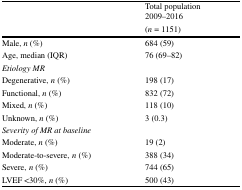
<table><thead><tr><td rowspan="2"></td><td><b>Total population2009–2016</b></td></tr><tr><td><b>(<i>n</i> = 1151)</b></td></tr></thead><tbody><tr><td>Male, <i>n</i> (%)</td><td>684 (59)</td></tr><tr><td>Age, median (IQR)</td><td>76 (69–82)</td></tr><tr><td colspan="2"><i>Etiology MR</i></td></tr><tr><td>Degenerative, <i>n</i> (%)</td><td>198 (17)</td></tr><tr><td>Functional, <i>n</i> (%)</td><td>832 (72)</td></tr><tr><td>Mixed, <i>n</i> (%)</td><td>118 (10)</td></tr><tr><td>Unknown, <i>n</i> (%)</td><td>3 (0.3)</td></tr><tr><td colspan="2"><i>Severity of MR at baseline</i></td></tr><tr><td>Moderate, <i>n</i> (%)</td><td>19 (2)</td></tr><tr><td>Moderate-to-severe, <i>n</i> (%)</td><td>388 (34)</td></tr><tr><td>Severe, <i>n</i> (%)</td><td>744 (65)</td></tr><tr><td>LVEF &lt;30%, <i>n</i> (%)</td><td>500 (43)</td></tr></tbody></table>